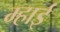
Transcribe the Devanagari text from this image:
म्हाई